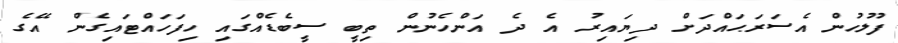
ފުލުހުން އެސަރަޙައްދަށް ދިޔައިރު އެ ދެ އަންހެނުން ތިބީ ސީބެޑެއްގައި ހިފަހައްޓައިގެން އޭގެ